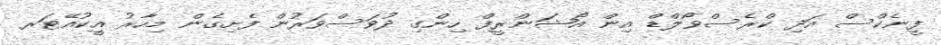
ފީނެކްސް އަދި ކްރެސްވޯލްޑް އިން އޯޝަންރީފް ހިންގި ދުވަސްވަރުން ފެށިގެން މިހާރު އީކުއޭޓަރ